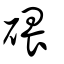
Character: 碨